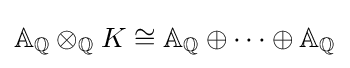
\mathbb {A} _{\mathbb {Q} }\otimes _{\mathbb {Q} }K\cong \mathbb {A} _{\mathbb {Q} }\oplus \dots \oplus \mathbb {A} _{\mathbb {Q} }